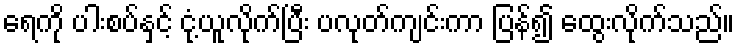
ရေကို ပါးစပ်နှင့် ငုံ့ယူလိုက်ပြီး ပလုတ်ကျင်းကာ ပြန်၍ ထွေးလိုက်သည်။